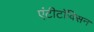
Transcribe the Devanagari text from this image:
एंटीटॉक्सिन